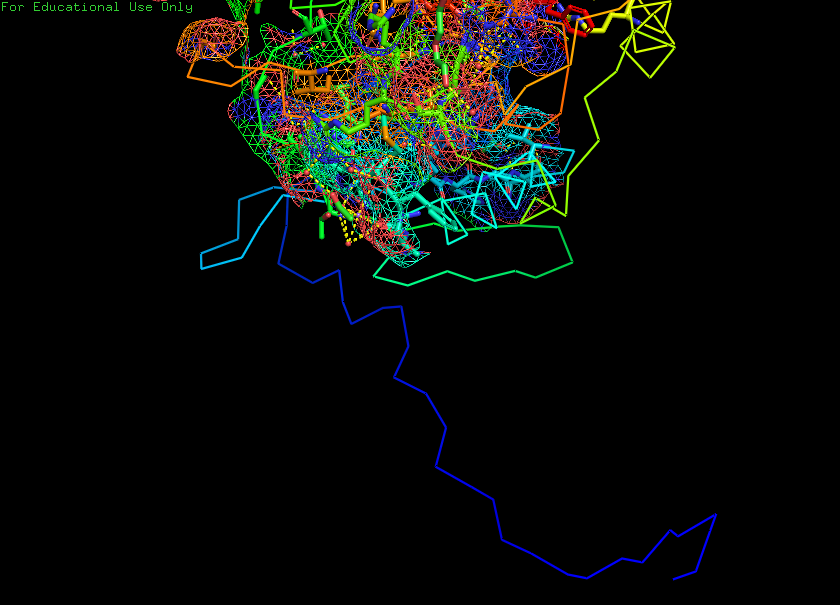
pymol, preset, ligand_sites_mesh